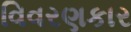
વિવરણકાર